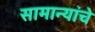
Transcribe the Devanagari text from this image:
सामान्यांचे